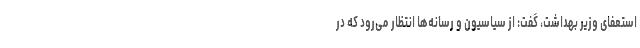
استعفای وزیر بهداشت، گفت: از سیاسیون و رسانه‌ها انتظار می‌رود که در